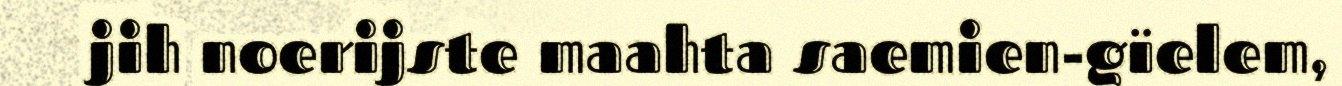
jih noerijste maahta saemien-gïelem,